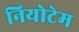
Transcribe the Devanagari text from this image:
नियोटेम